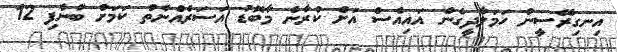
އިނގިރޭސީން ހަމަލާދީގެން އައިއެސް އަށް ކުރާނެ މާބޮޑު އަސަރެއްނެތް ކަމަށް ބުނެފި 12